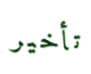
تأخير